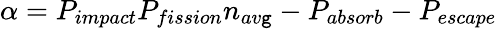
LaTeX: \alpha=P_{impact}P_{fission}n_{av\mathtt{g}}-P_{absorb}-P_{escape}